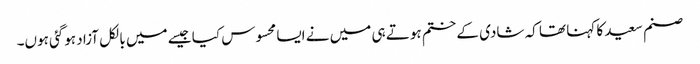
صنم سعید کا کہنا تھا کہ شادی کے ختم ہوتے ہی میں نے ایسا محسوس کیا جیسے میں بالکل آزاد ہوگئی ہوں۔